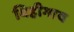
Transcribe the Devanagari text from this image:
विहीगाव